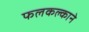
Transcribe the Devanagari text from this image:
फलकल्काने